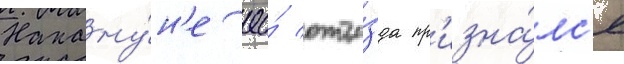
Накану́н'е ео́ отъе́зда пр'изна́лс'я